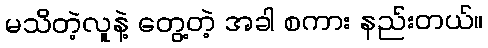
မသိတဲ့လူနဲ့ တွေ့တဲ့ အခါ စကား နည်းတယ်။